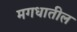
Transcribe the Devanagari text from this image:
मगधातील